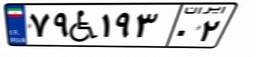
۷۹W۱۹۳۰۲